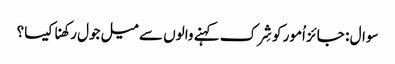
سوال : جائز اُمور کو شِرک کہنے والوں سے میل جول رکھنا کیسا؟